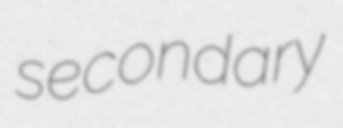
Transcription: secondary